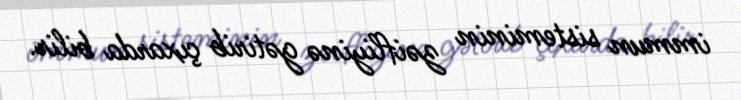
immun sisteminin zəifliyinə gətirib çıxarda bilir.